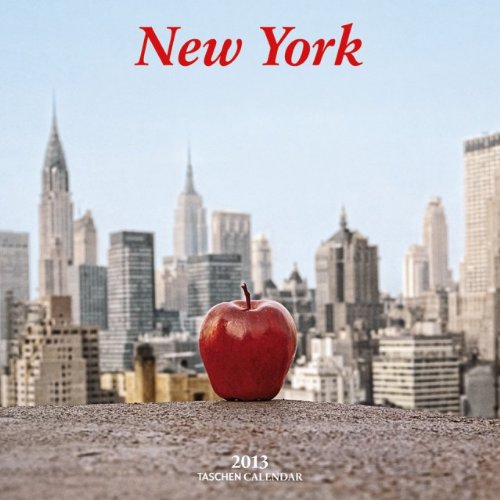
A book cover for New York - 2013 (Taschen Wall Calendars); Benedikt TASCHEN; Calendars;